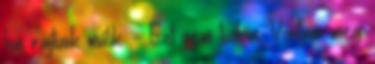
ha rajtunk múlik. - Ezt nem tudom. Vontam meg